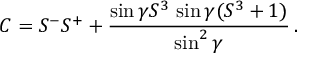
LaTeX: C = S ^ { - } S ^ { + } + \frac { \sin \gamma S ^ { 3 } \, \sin \gamma ( S ^ { 3 } + 1 ) } { \sin ^ { 2 } \gamma } \, .